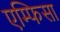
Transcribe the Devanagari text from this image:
एम्फिसा